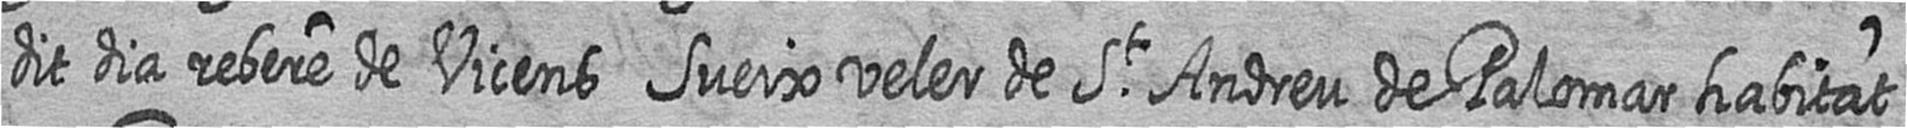
dit dia rebere de Vicens Sueix veler de St Andreu de Palomar habitat